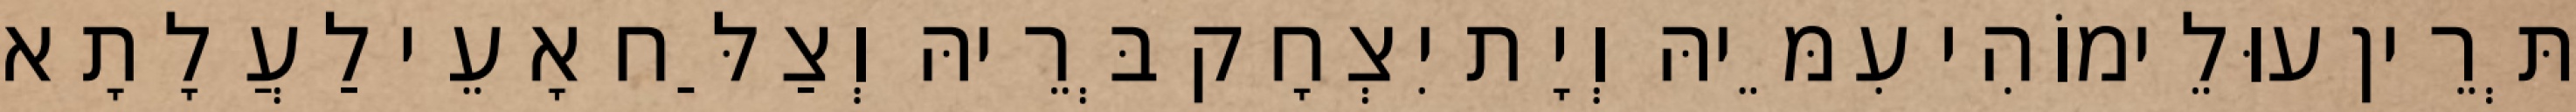
תְּרֵין עוּלֵימוֹהִי עִמֵּיהּ וְיָת יִצְחָק בְּרֵיהּ וְצַלַּח אָעֵי לַעֲלָתָא